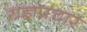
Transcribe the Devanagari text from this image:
यज्ञप्रचार